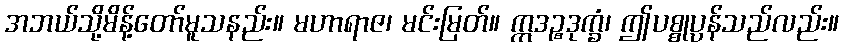
အဘယ်သို့မိန့်တော်မူသနည်း။ မဟာရာဇ၊ မင်းမြတ်။ ဣဒဉ္စဒုက္ခံ၊ ဤပစ္စုပ္ပန်သည်လည်း။